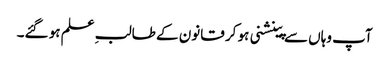
آپ وہاں سے پینشنی ہو کر قانون کے طالبِ علم ہو گئے۔